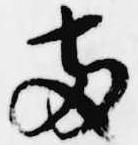
両